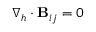
\nabla _ { h } \cdot \mathbf { B } _ { i j } = 0